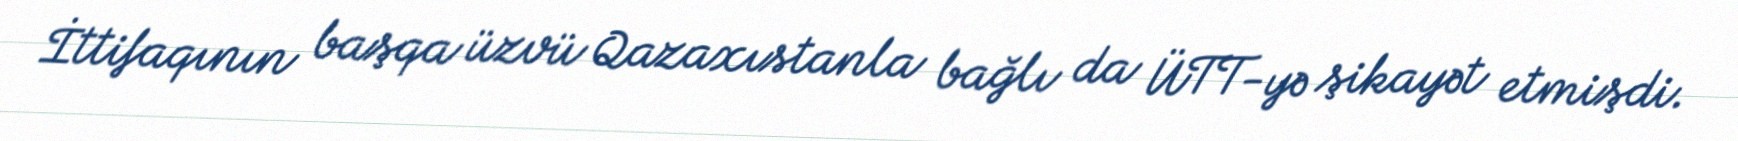
İttifaqının başqa üzvü Qazaxıstanla bağlı da ÜTT-yə şikayət etmişdi.